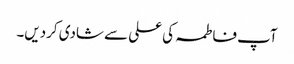
آپ فاطمہ کی علی سے شادی کردیں۔